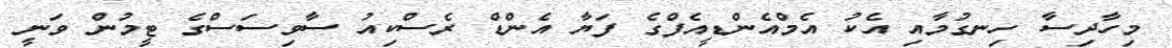
މިހާދިސާ ހިނގުމާއި އެކު އެމްއެންޑީއެފްގެ ފަޔާ އެންޑް ރެސްކިއު ސާވިސަސްގެ ޓީމުން ވަނީ